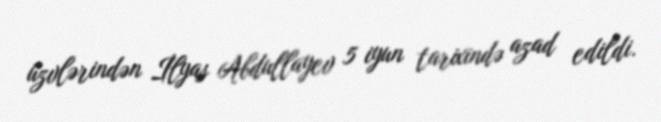
üzvlərindən İlyas Abdullayev 5 iyun tarixində azad edildi.